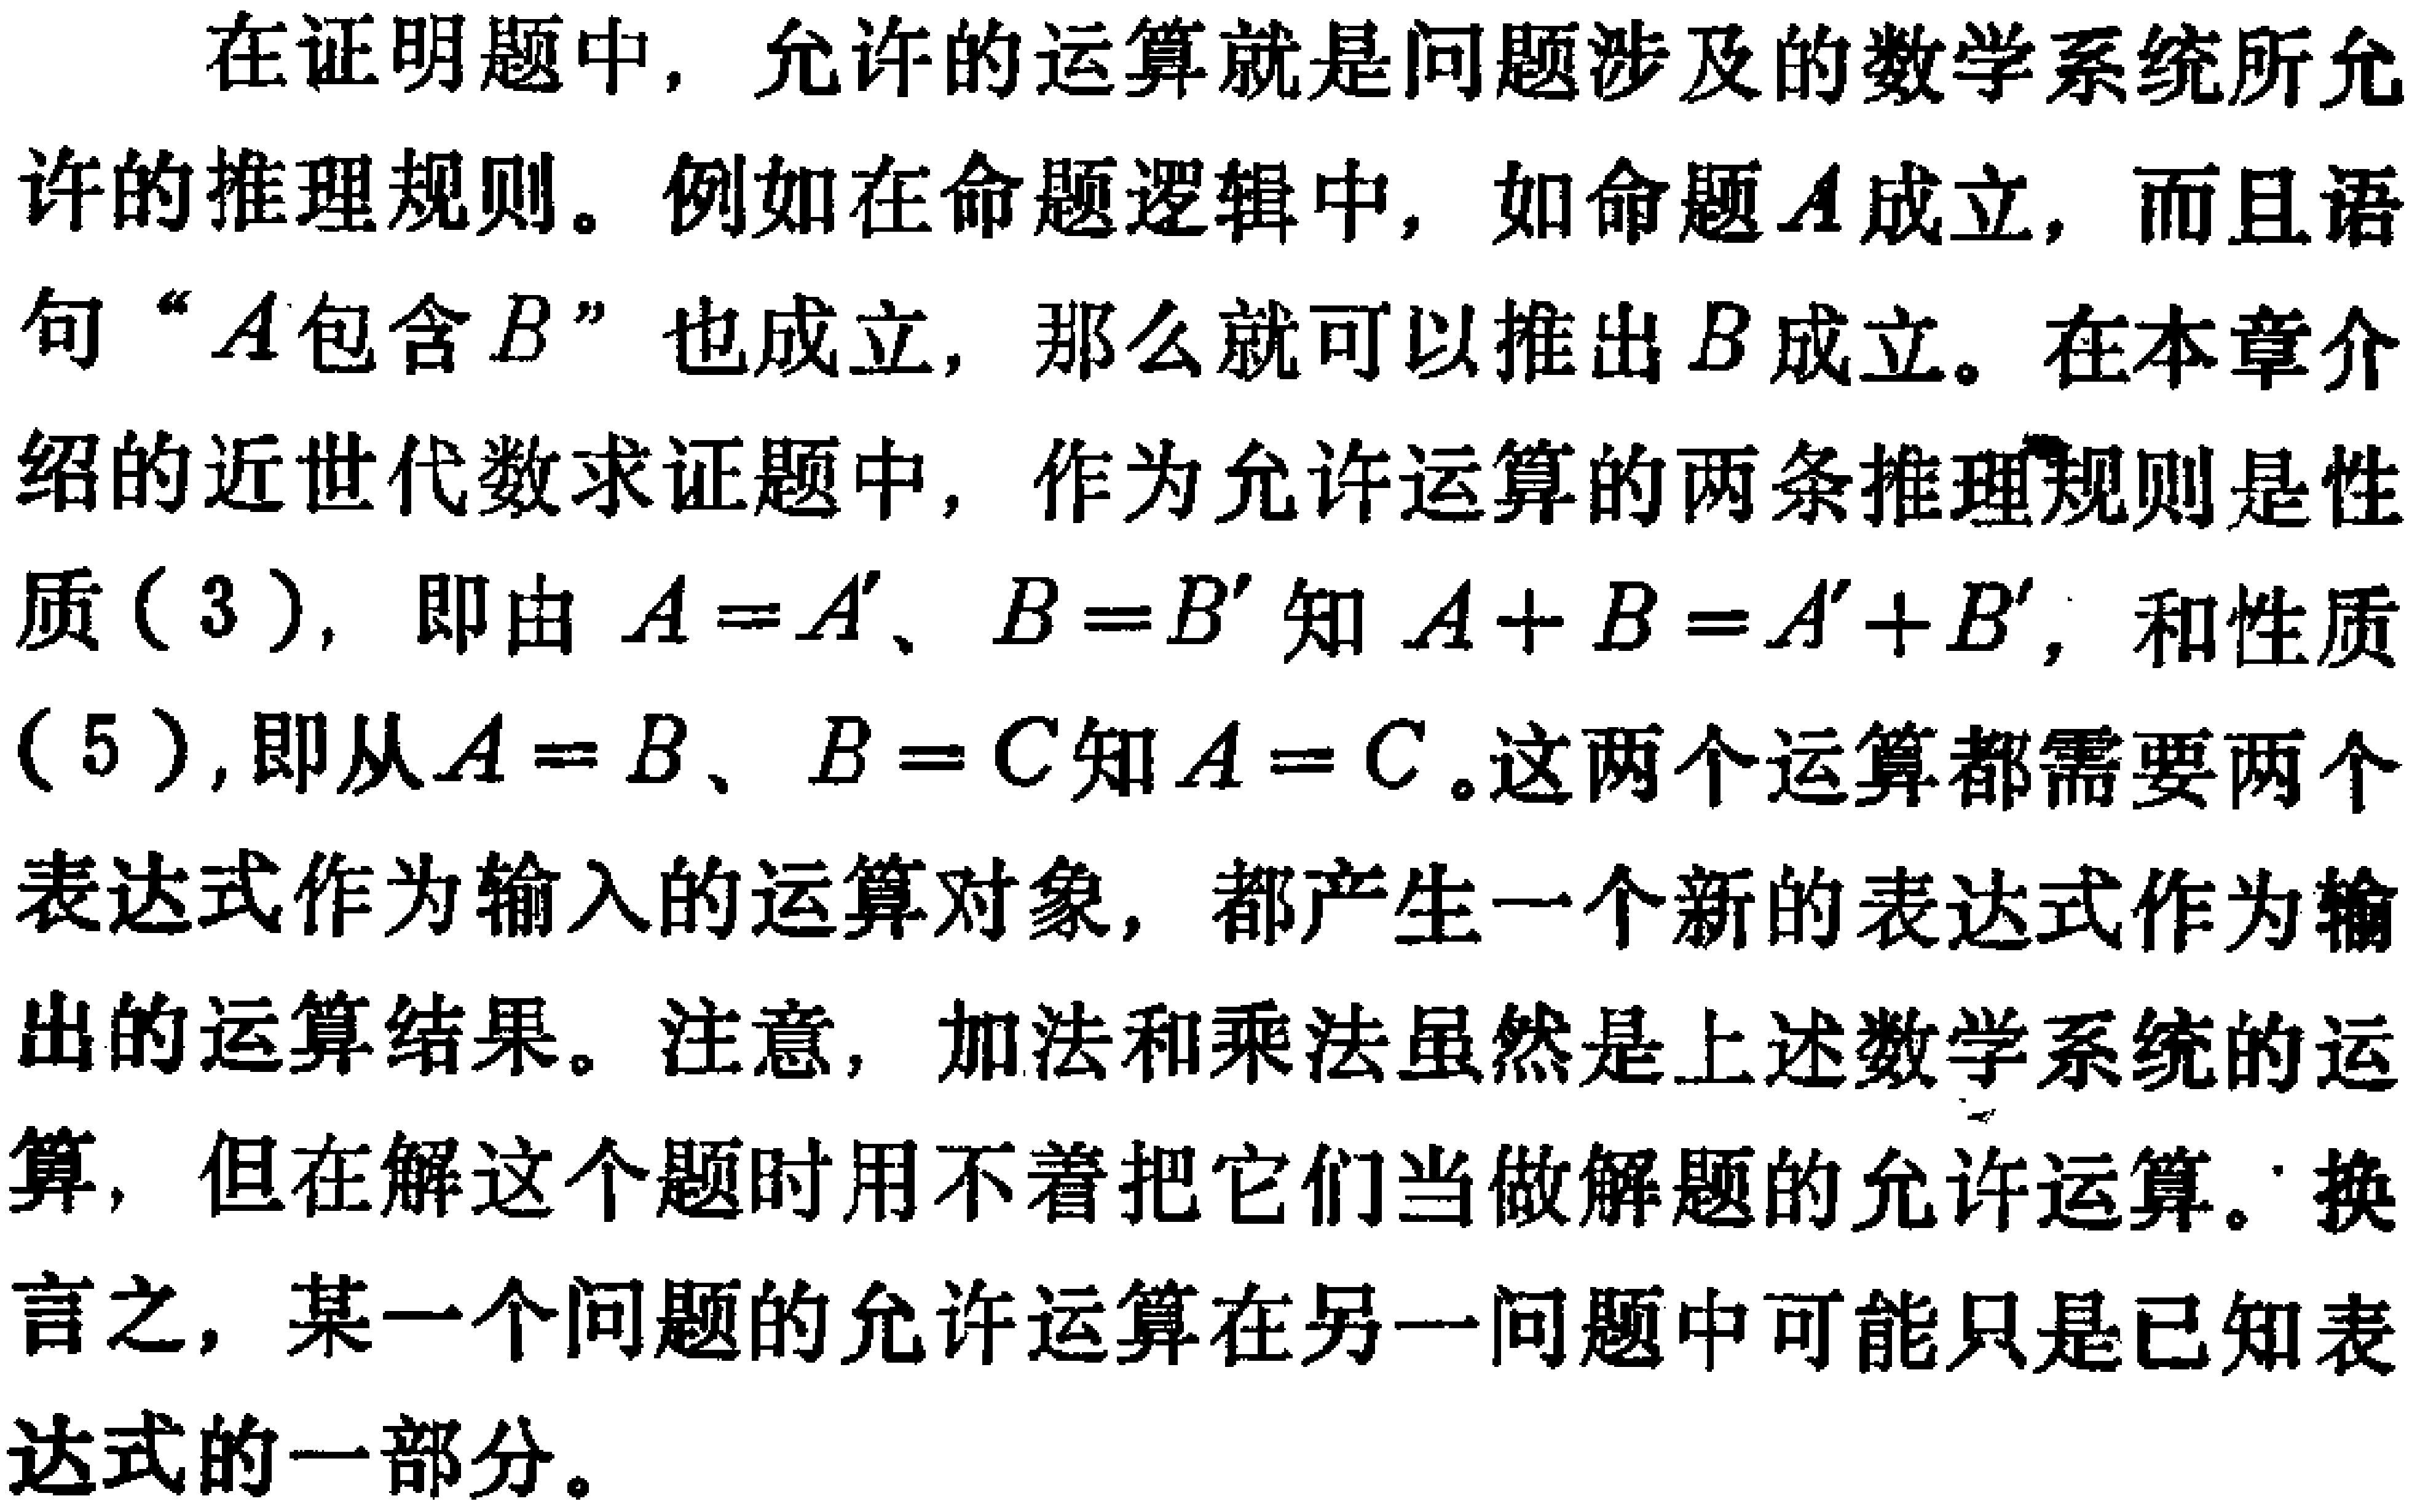
在证明题中，允许的运算就是问题涉及的数学系统所允许的推理规则。例如在命题逻辑中，如命题\(A\)成立，而且语句“\(A\)包含\(B\)”也成立，那么就可以推出\(B\)成立。在本章介绍的近世代数求证题中，作为允许运算的两条推理规则是性质（3），即由\(A = A'\)、\(B = B'\)知\(A + B = A' + B'\)，和性质（5），即从\(A = B\)、\(B = C\)知\(A = C\)。这两个运算都需要两个表达式作为输入的运算对象，都产生一个新的表达式作为输出的运算结果。注意，加法和乘法虽然是上述数学系统的运算，但在解这个题时用不着把它们当做解题的允许运算。换言之，某一个问题的允许运算在另一问题中可能只是已知表达式的一部分。